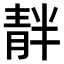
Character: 𫕺